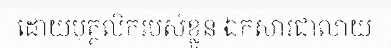
ដោយបុគ្គលិករបស់ខ្លួន ឯកសារជាលាយ